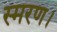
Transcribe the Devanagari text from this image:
स्मरण।